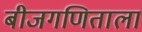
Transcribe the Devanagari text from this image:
बीजगणिताला